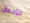
الأحمق